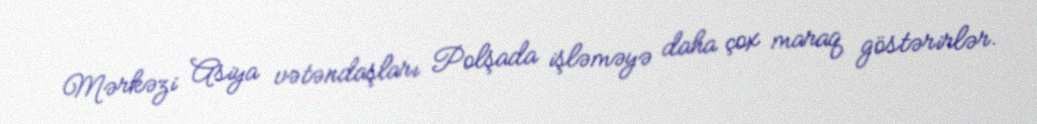
Mərkəzi Asiya vətəndaşları Polşada işləməyə daha çox maraq göstərirlər.